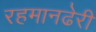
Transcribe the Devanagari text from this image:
रहमानढेरी